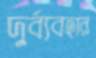
দুর্ব্যবহার